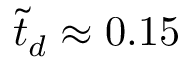
\tilde { t } _ { d } \approx 0 . 1 5